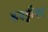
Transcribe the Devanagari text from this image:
कबड्डीवर